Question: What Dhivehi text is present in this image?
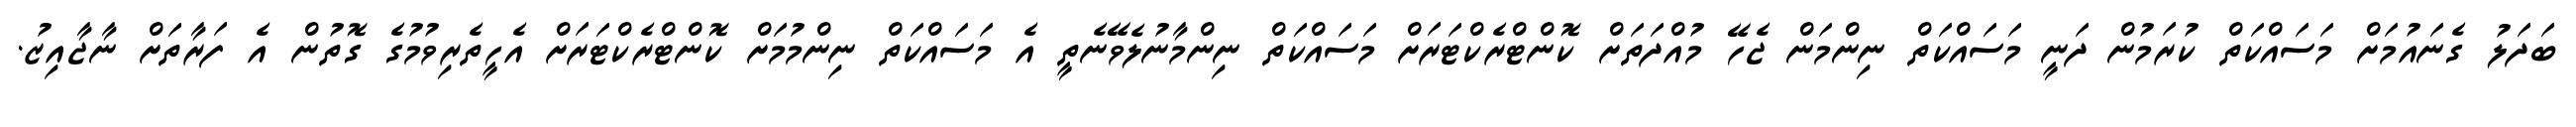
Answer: ބަދަލު ގެނައުމަށް މަސައްކަތް ކުރަމުން ދަނީ މަސައްކަތް ނިންމަން ޖެހޭ މުއްދަތަށް ކޮންޓްރެކްޓަރަށް މަސައްކަތް ނިންމާނުލެވޭނެތީ އެ މަސައްކަތް ނިންމުމަށް ކޮންޓްރެކްޓަރަށް އެހީތެރިވުމުގެ ގޮތުން އެ ފަރާތަށް ނާޖާއިޒު.